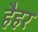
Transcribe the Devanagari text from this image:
हैहर